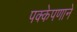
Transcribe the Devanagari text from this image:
पक्केपणाने